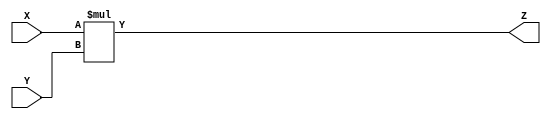
module multiplier(X, Y, Z);
    
    input [0:31] X, Y;
    output [0:31] Z;
    
    assign Z = X * Y;
    
endmodule